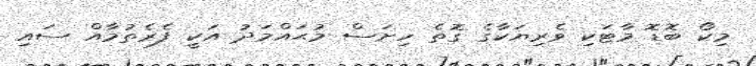
މިކޯ ބޮޑޮ މާޓަކި ވެރިޔަކާގެ ގޮތެ ހިށަސް މުޙައްމަދު އަކީ ފެރެތުމާއް ސައި